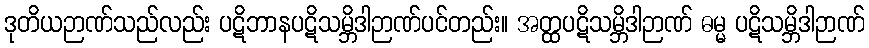
ဒုတိယဉာဏ်သည်လည်း ပဋိဘာနပဋိသမ္ဘိဒါဉာဏ်ပင်တည်း။ အတ္ထပဋိသမ္ဘိဒါဉာဏ် ဓမ္မ ပဋိသမ္ဘိဒါဉာဏ်